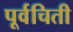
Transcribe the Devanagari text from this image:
पूर्वचिती